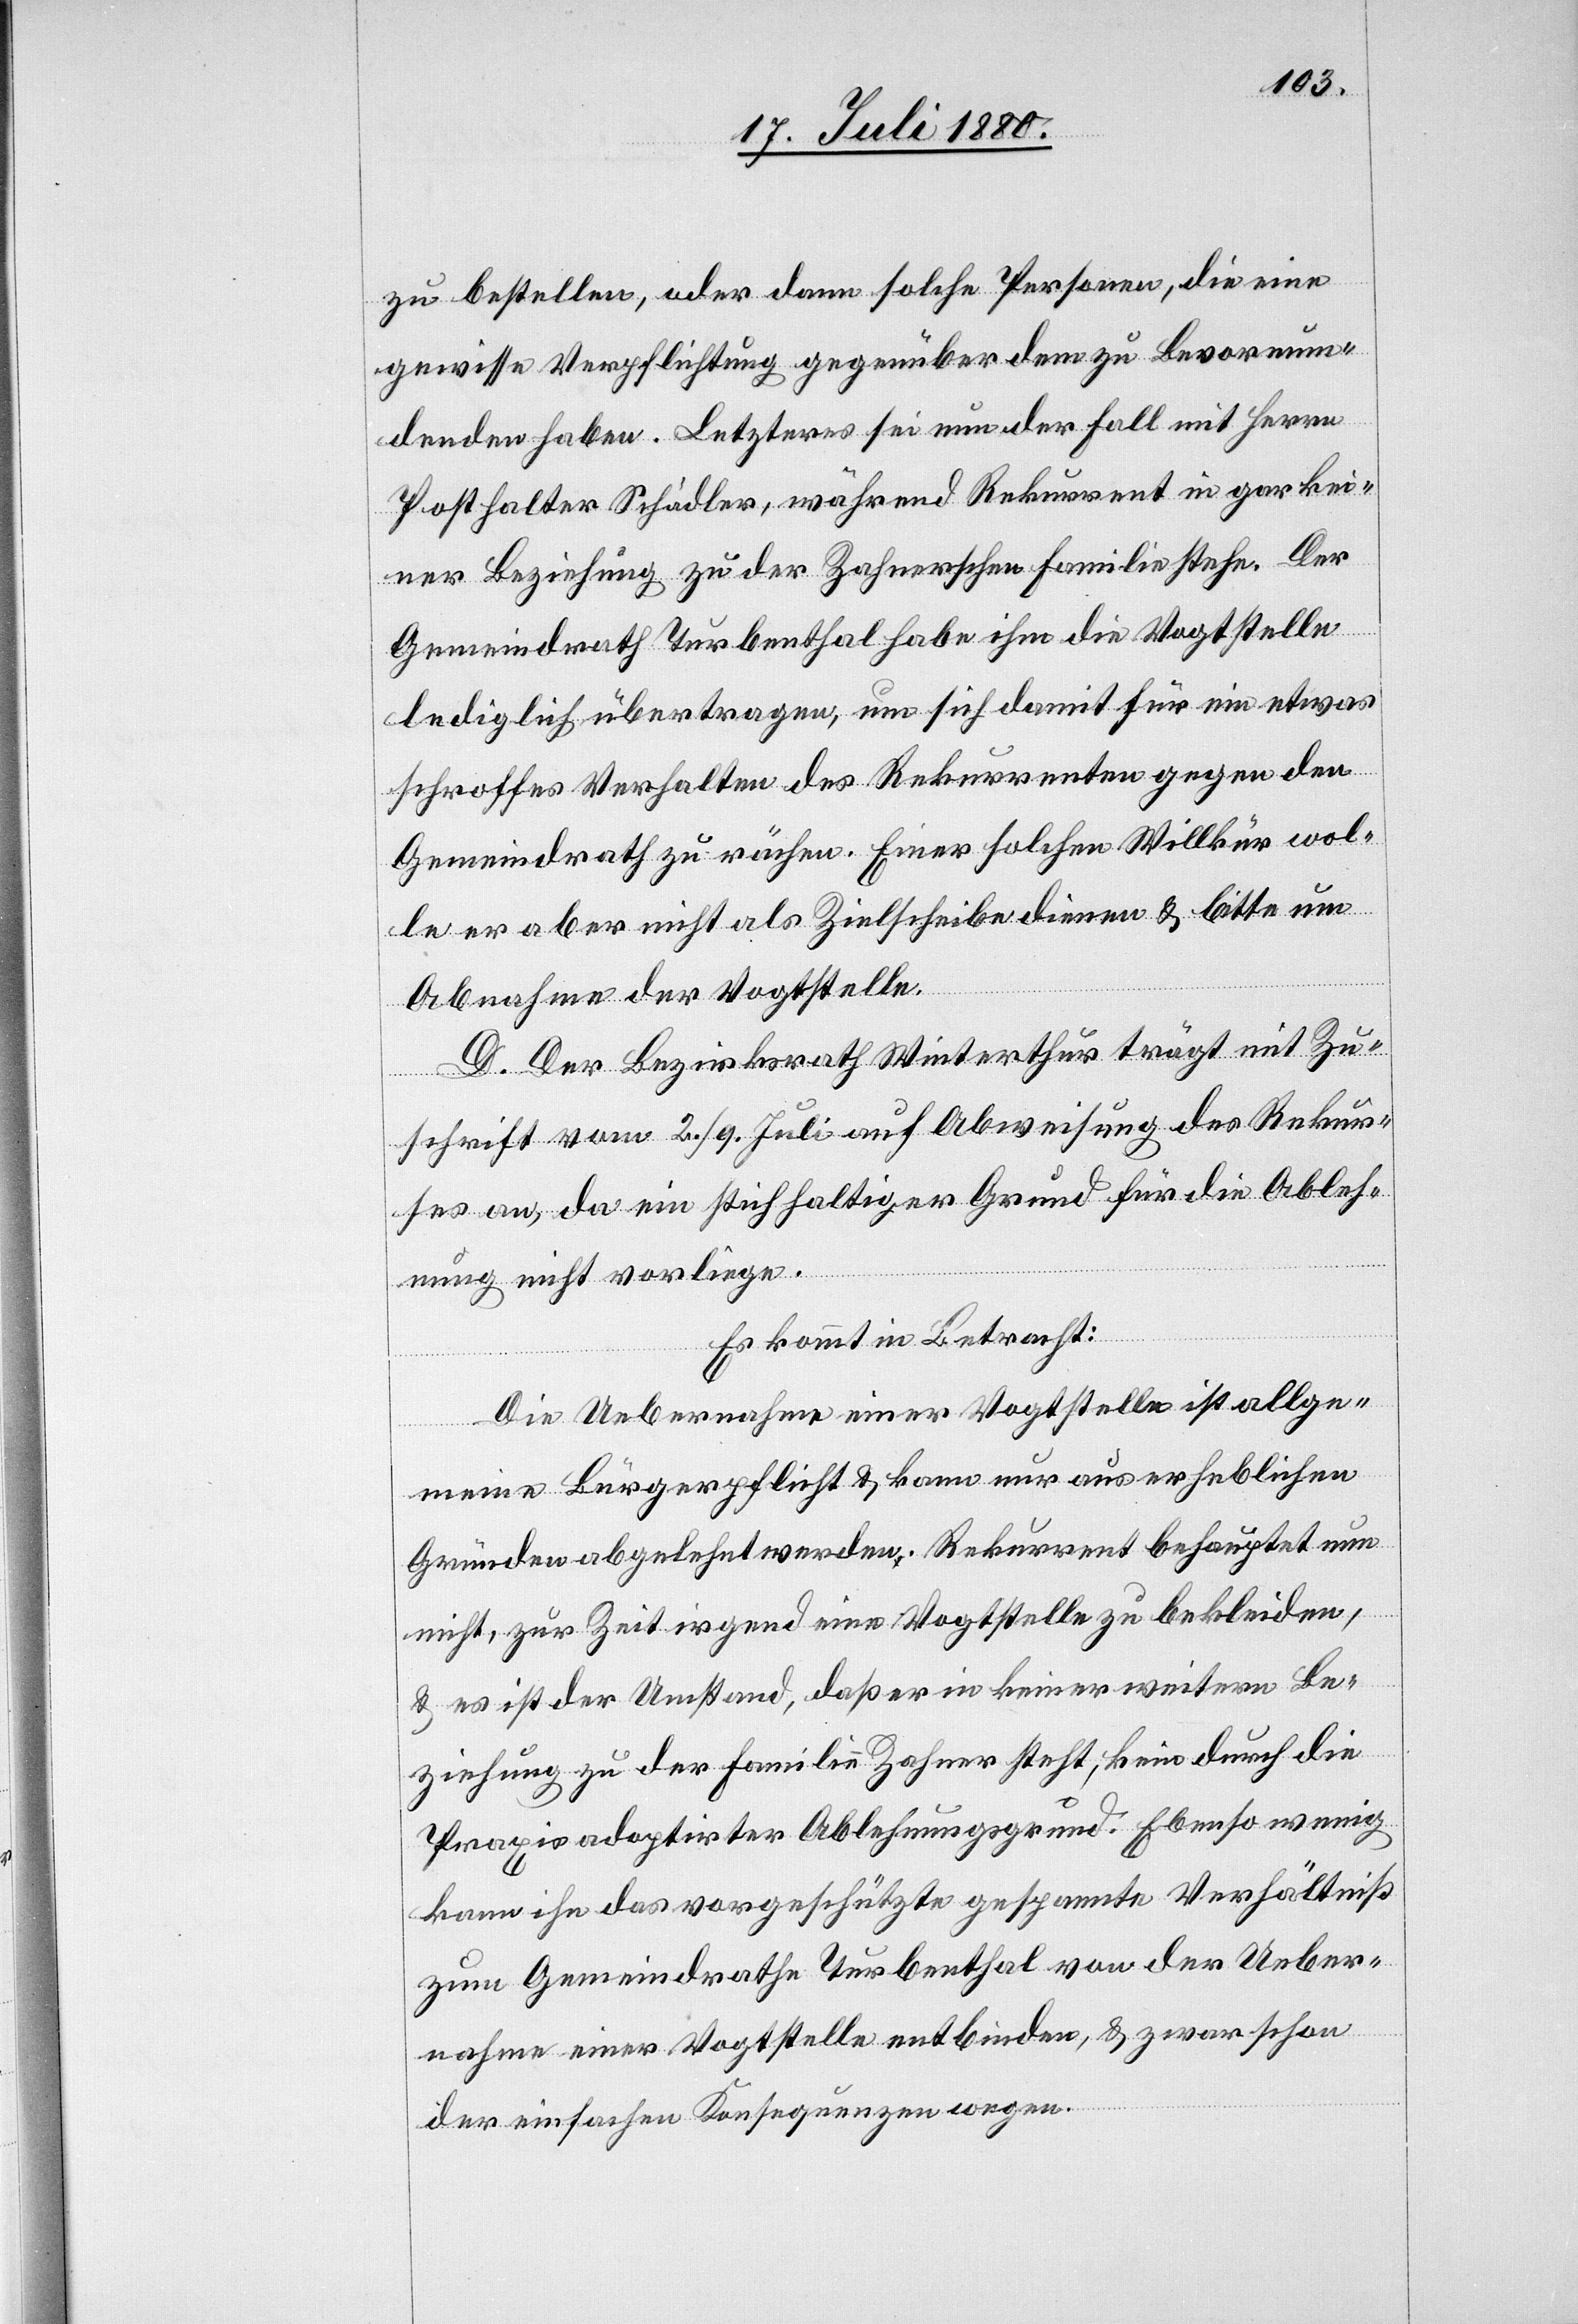
zu bestellen, oder dann solche Personen, die eine
gewisse Verpflichtung gegenüber dem zu Bevormun¬
denden haben. Letzterers sei nun der Fall mit Herrn
Posthalter Schädler, während Rekurrent in gar kei¬
ner Beziehung zu der Zahnerschen Familie stehe. Der
Gemeindrath Turbenthal habe ihm die Vogtstelle
lediglich übertragen, um sich damit für ein etwas
schroffes Verhalten des Rekurrenten gegen den
Gemeindrath zu rächen. Einer solchen Willkür wol¬
le er aber nicht als Zielscheibe dienen & bitte um
Abnahme der Vogtstelle.
D. Der Bezirksrath Winterthur trägt mit Zu¬
schrift vom 2./9. Juli auf Abweisung des Rekur¬
ses an, da ein stichhaltiger Grund für die Ableh¬
nung nicht vorliege.
Es kommt in Betracht:
Die Uebernahme einer Vogtstelle ist allge¬
meine Bürgerpflicht & kann nur aus erheblichen
Gründen abgelehnt werden. Rekurrent behauptet nun
nicht, zur Zeit irgend eine Vogtstelle zu bekleiden,
& es ist der Umstand, daß er in keiner weitern Be¬
ziehung zu der Familie Zahner steht, kein durch die
Praxis adaptirter Ablehnungsgrund. Ebenso wenig
kann ihn das vorgeschützte gespannte Verhältniß
zum Gemeindrathe Turbenthal von der Ueber¬
nahme einer Vogtstelle entbinden, & zwar schon
der einfachen Konsequenzen wegen.